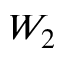
W _ { 2 }